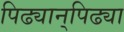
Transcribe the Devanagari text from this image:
पिढ्यान्‌पिढ्या